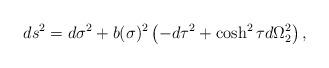
LaTeX: \begin{align*}ds^2=d\sigma^2+b(\sigma)^2\left(-d\tau^2+\cosh^2\tau d\Omega_2^2\right),\end{align*}